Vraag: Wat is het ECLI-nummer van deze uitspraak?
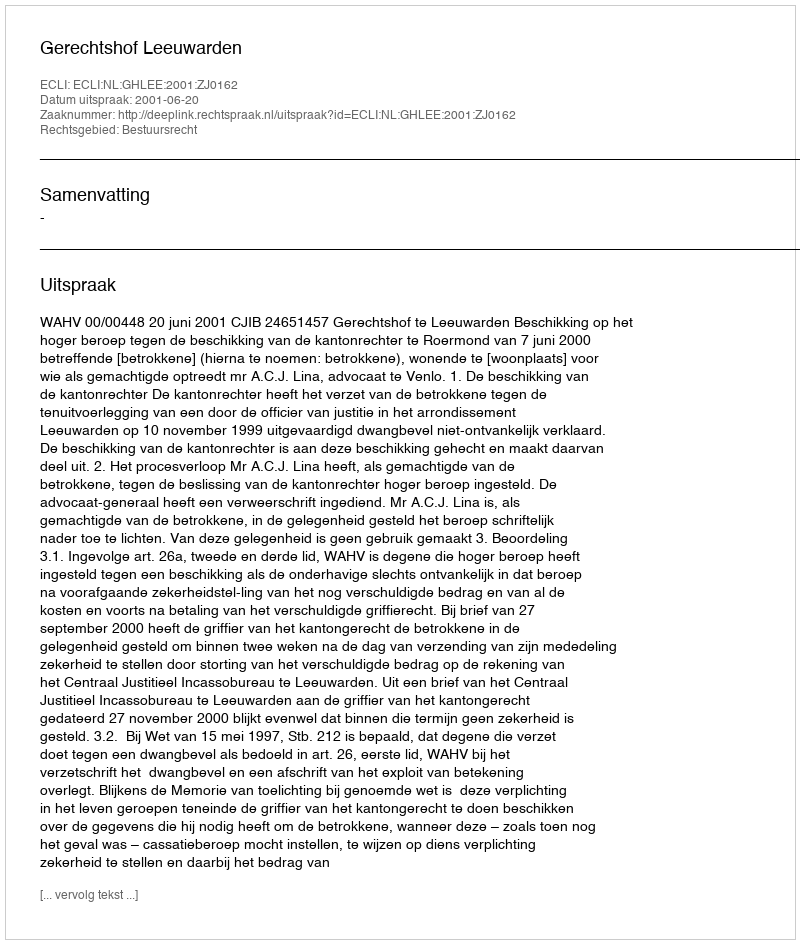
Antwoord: ECLI:NL:GHLEE:2001:ZJ0162